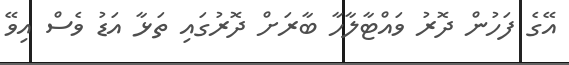
އޭގެ ފަހުން ދޮރު ވައްޓާލާހާ ބާރަށް ދޮރުގައި ތަޅާ އަޑު ވެސް އިވޭ